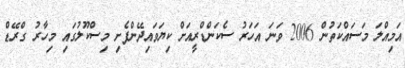
އަމިއްލަ މަސައްކަތުން 2006 ވަނަ އަހަރު ސެކަންޑްރީއަށް ކިޔަވައިދޭންފެށި މިސްކޫލުގައި މިހާރު ގްރޭޑް